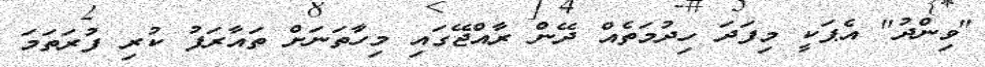
"ވިންދު" އެޕަކީ މިފަދަ ހިދުމަތެއް ދޭން ރާއްޖޭގައި މިހާތަނަށް ތައާރަފު ކުރި ފުރަތަމަ